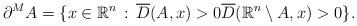
LaTeX: \begin{align*} \partial^M A = \{x \in \mathbb R^n\,:\, \overline{D}(A,x) > 0 \overline{D}(\mathbb R^n \setminus A,x) > 0\}. \end{align*}